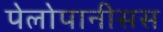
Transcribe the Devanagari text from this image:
पेलोपानीसस